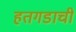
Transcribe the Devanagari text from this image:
हतगडाची